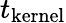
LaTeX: t_{\mathrm{kernel}}